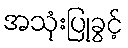
အသုံးပြုခွင့်